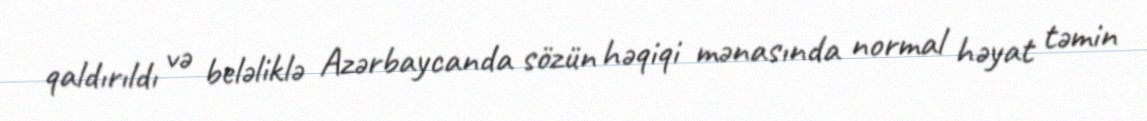
qaldırıldı və beləliklə Azərbaycanda sözün həqiqi mənasında normal həyat təmin